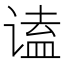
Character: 𬤒